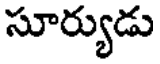
సూర్యుడు